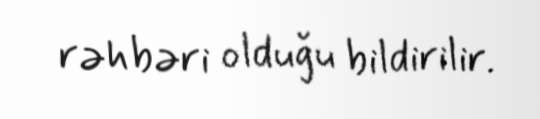
rəhbəri olduğu bildirilir.